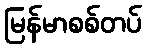
မြန်မာစစ်တပ်